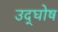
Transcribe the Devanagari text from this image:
उद्‌घोष